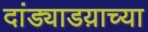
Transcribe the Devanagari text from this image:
दांड्याडय़ाच्या